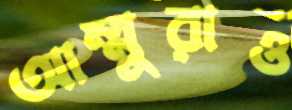
আম্মুরাও